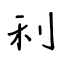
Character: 利